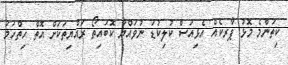
ކިތަންމެ މޮޅު ޕާރކެއް އެޅިއަސް ކުލިކުޑަ ނުވައްޔާ ކޮބައިތޯ ރައްޔިތަކަށް އޮތް ހިތްހަމަ